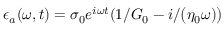
{ \epsilon } _ { a } ( \omega , t ) = \sigma _ { 0 } e ^ { i \omega t } ( 1 / G _ { 0 } - i / \big ( \eta _ { 0 } \omega ) \big )